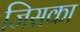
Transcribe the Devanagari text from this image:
जिसका